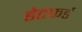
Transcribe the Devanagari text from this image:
डेटफर्ड